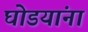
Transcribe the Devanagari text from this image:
घोडयांना